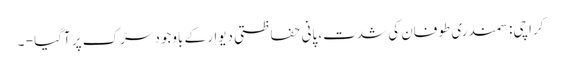
کراچی: سمندری طوفان کی شدت، پانی حفاظتی دیوار کے باوجود سڑک پر آگیا - ۔